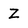
Character: Z